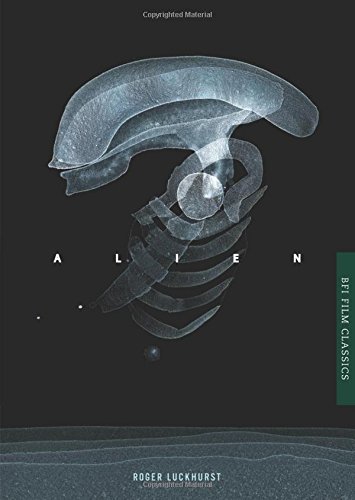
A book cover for Alien (BFI Film Classics); Roger Luckhurst; Humor & Entertainment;